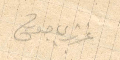
عزيزي جورج